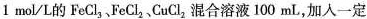
1mol/L的FeCl_{3}，FeCl_{2}、CuCl_{2}，混合溶液100mL，加入一定